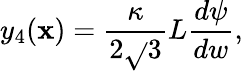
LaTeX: y_{4}(\mathbf{x})=\frac{{\kappa}}{{2\sqrt{}{{3}}}}L\frac{{d\psi}}{{dw}},